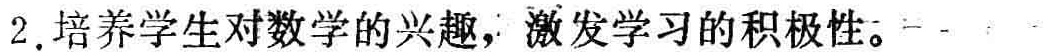
2. 培养学生对数学的兴趣，激发学习的积极性。